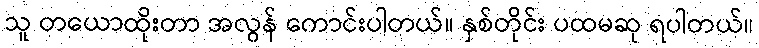
သူ တယောထိုးတာ အလွန် ကောင်းပါတယ်။ နှစ်တိုင်း ပထမဆု ရပါတယ်။